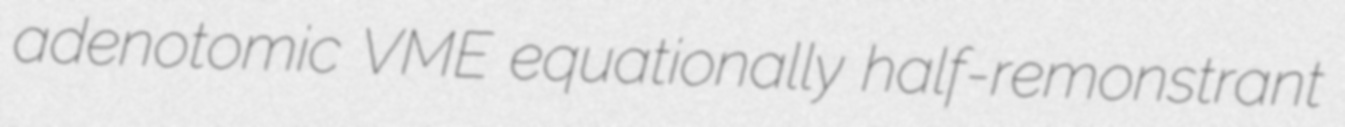
adenotomic VME equationally half-remonstrant